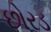
છોરડ